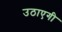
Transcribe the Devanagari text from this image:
उठाएगी